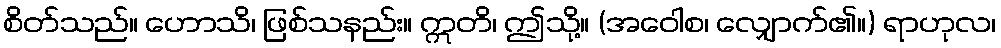
စိတ်သည်။ ဟောသိ၊ ဖြစ်သနည်း။ ဣတိ၊ ဤသို့။ (အဝေါစ၊ လျှောက်၏။) ရာဟုလ၊